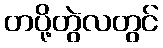
တပို့တွဲလတွင်